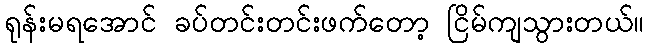
ရုန်းမရအောင် ခပ်တင်းတင်းဖက်တော့ ငြိမ်ကျသွားတယ်။